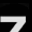
Digit: 7